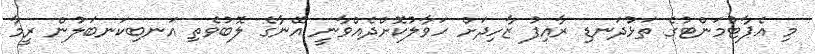
މި އެޕާޓުމަންޓުގެ ތަޅުދަނޑި ރާއިފު ޒާހިދަށް ހަވާލުކޮށްދެއްވާނީ އޭނާގެ ލޮބުވެތި އަނބިކަނބަލުން ރީމާ